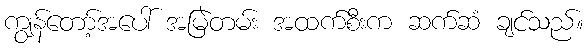
ကျွန်တော့်အပေါ် အမြဲတမ်း အထက်စီးက ဆက်ဆံ ချင်သည်။